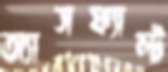
অ্যাসফ্যাল্ট